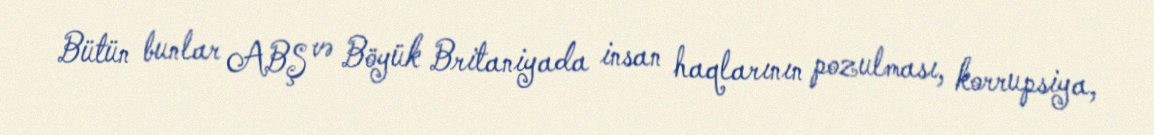
Bütün bunlar ABŞ və Böyük Britaniyada insan haqlarının pozulması, korrupsiya,